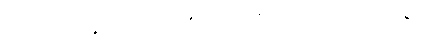
အခါသိမ်း။ ဘုဉ္ဇရေ၊ စားရကုန်၏။ မဟာရဇ၊ မင်းမြတ်။ ကိဗ္ဗိသကာရကံ၊